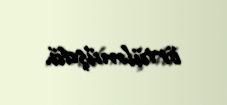
örtülmüşdü.